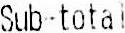
SUB-TOTAL